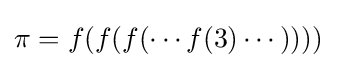
\pi =f(f(f(\cdots f(3)\cdots ))))